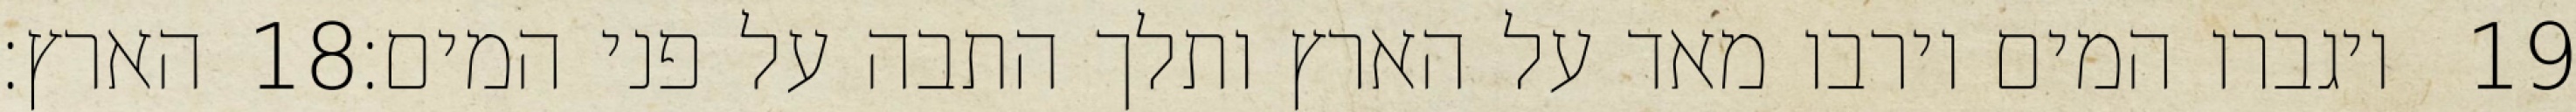
הארץ׃ ‎18‏ ויגברו המים וירבו מאד על הארץ ותלך התבה על פני המים׃ ‎19‏